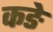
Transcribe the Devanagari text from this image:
कङे